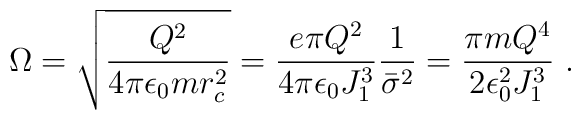
\Omega=\sqrt{{Q^2}\over{4\pi\epsilon_0mr_c^2}}={{e\pi Q^2}\over{4\pi\epsilon_0J_1^3}}{1\over{{\bar\sigma}^2}}={{\pi mQ^4}\over{2\epsilon_0^2J_1^3}}~.